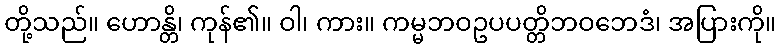
တို့သည်။ ဟောန္တိ၊ ကုန်၏။ ဝါ၊ ကား။ ကမ္မဘဝဥပပတ္တိဘဝဘေဒံ၊ အပြားကို။